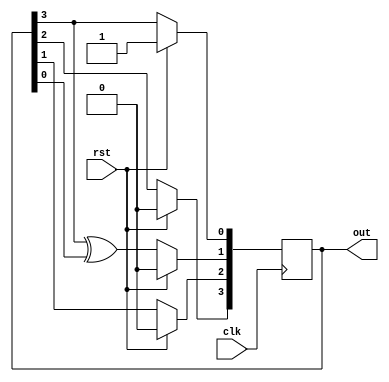
///////////////////////////////////////////////////////////////////////////////////////////
// Design Name: Simple Linear Feedback Shift Register
///////////////////////////////////////////////////////////////////////////////////////////
`timescale 1ns / 1ps


module LFSR(clk,rst,out);

    input  wire clk;
    input  wire rst;
    output reg [3:0]out;
    
    always@(posedge clk)
        begin
            if(rst) begin
                out <= 4'h1;
            end else begin
                  out[0]<=out[3];
                  out[1]<=out[3] ^ out[0];
                  out[2]<=out[1];
                  out[3]<=out[2];
            end
        end
  
endmodule